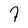
Character: 7